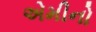
એમીનો